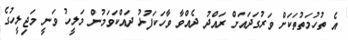
އެ ތުހުމަތުތަކަށް ވަރުގަދައަށް ރައްދު ދެއްވާ ވާހަކަފުޅު ދައްކަވަމުން މަލީހު ވަނީ މަޖިލީހުގެ